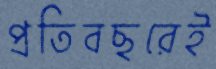
প্রতিবছরেই